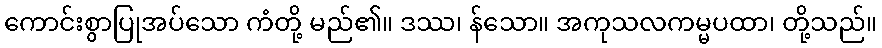
ကောင်းစွာပြုအပ်သော ကံတို့ မည်၏။ ဒဿ၊ န်သော။ အကုသလကမ္မပထာ၊ တို့သည်။